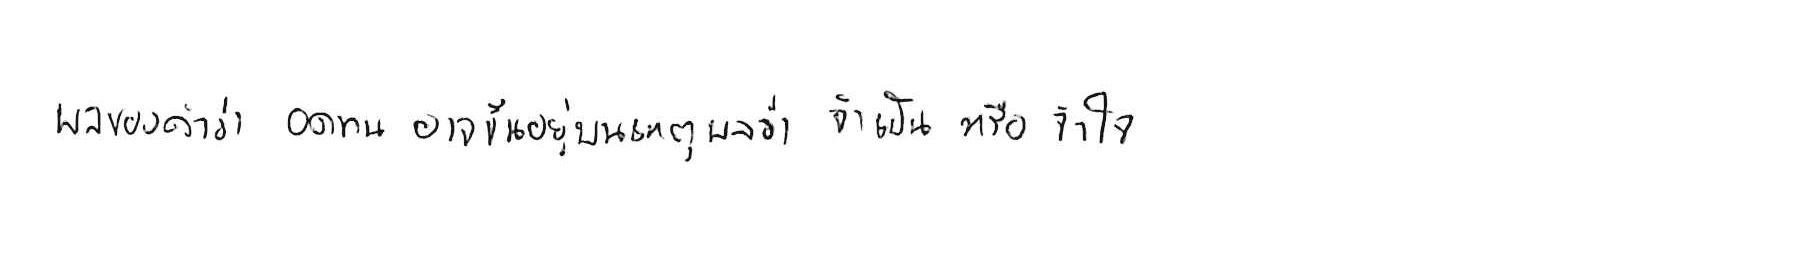
ผลของคำว่า อดทน อาจขึ้นอยู่บนเหตุผลว่า จำเป็น หรือ จำใจ